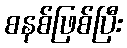
စနစ်ဖြစ်ပြီး